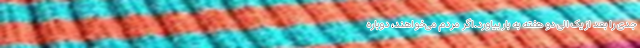
جدی را بعد از یک الی دو هفته به بار بیاورد.اگر مردم می‌خواهند، دوباره